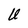
Character: U